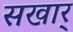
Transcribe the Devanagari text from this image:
सखार्